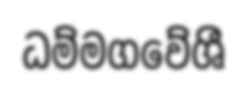
ධම්මගවේශී